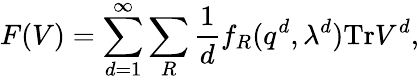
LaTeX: F(V)=\sum_{d=1}^{\infty}\sum_{R}{\frac{1}{d}}f_{R}(q^{d},\lambda^{d})\mathrm{Tr}V^{d},